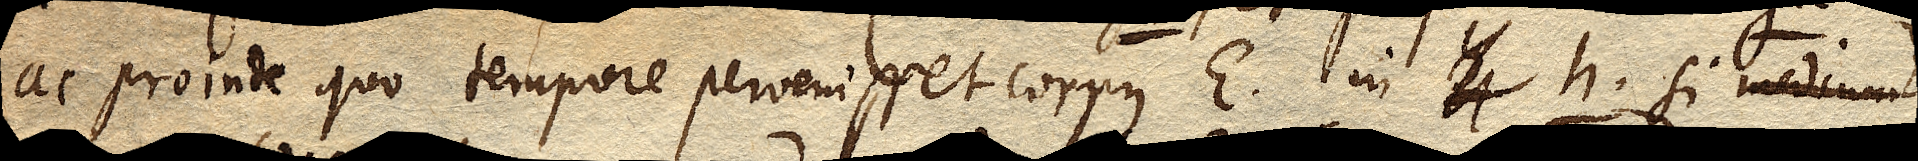
ac proinde quo tempore pervenisset corpus E. in xx h. si medium